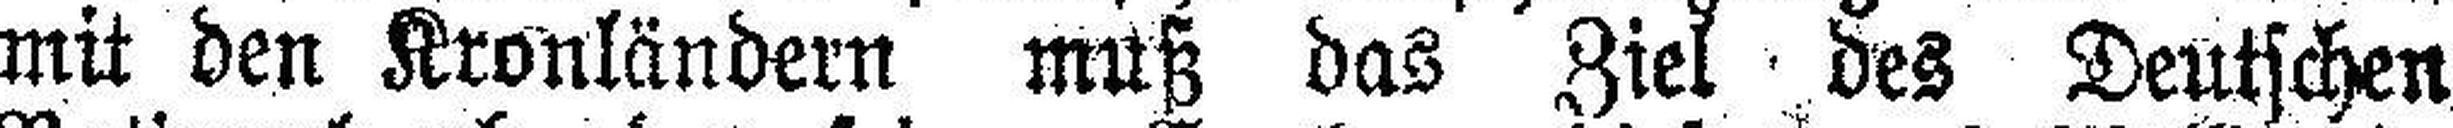
mit den Kronländern muß das Ziel des Deutschen